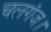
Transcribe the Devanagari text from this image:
चलगंज।